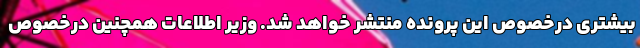
بیشتری درخصوص این پرونده منتشر خواهد شد. وزیر اطلاعات همچنین درخصوص